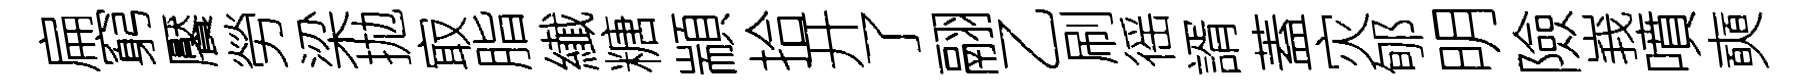
扁窮饜勞梁拋㝡脂纎糖顓拾开了翮乙刷徭諝蓋灾郇明險峩噴奭